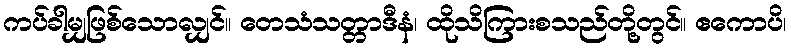
ကပ်ခါမျှဖြစ်သောလျှင်။ တေသံသတ္တာဒီနံ၊ ထိုသိကြားစသည်တို့တွင်။ ဧကောပိ၊